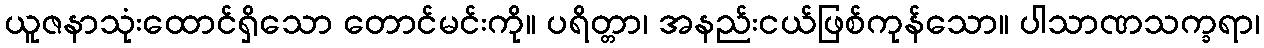
ယူဇနာသုံးထောင်ရှိသော တောင်မင်းကို။ ပရိတ္တာ၊ အနည်းငယ်ဖြစ်ကုန်သော။ ပါသာဏသက္ခရာ၊